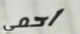
احمي